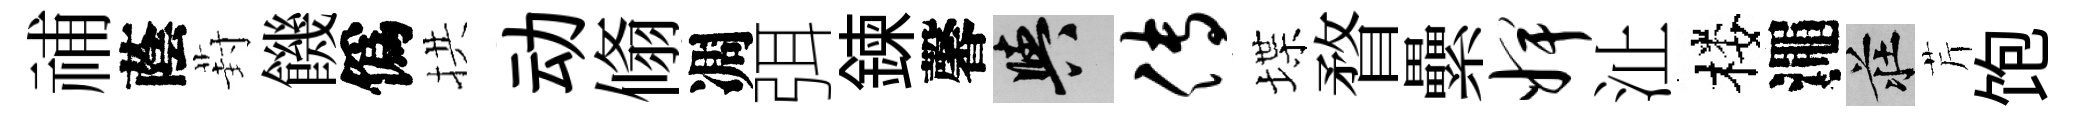
𥙷蔭葑饑僞拱动翛凋弭鍊馨阳传堞瞀纍婢沚楼澠莊芹饱